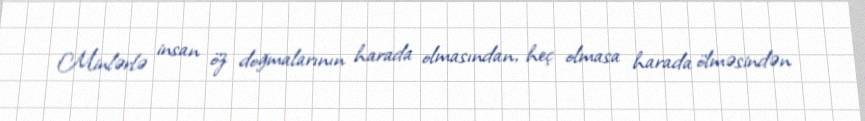
Minlərlə insan öz doğmalarının harada olmasından, heç olmasa harada ölməsindən